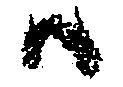
候